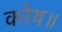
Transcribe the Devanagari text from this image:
कोय॥